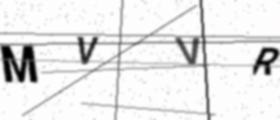
Text: MVVR